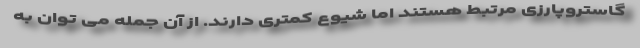
گاستروپارزی مرتبط هستند اما شیوع کمتری دارند. از آن جمله می توان به